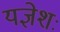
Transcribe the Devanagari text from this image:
यज्ञेशः